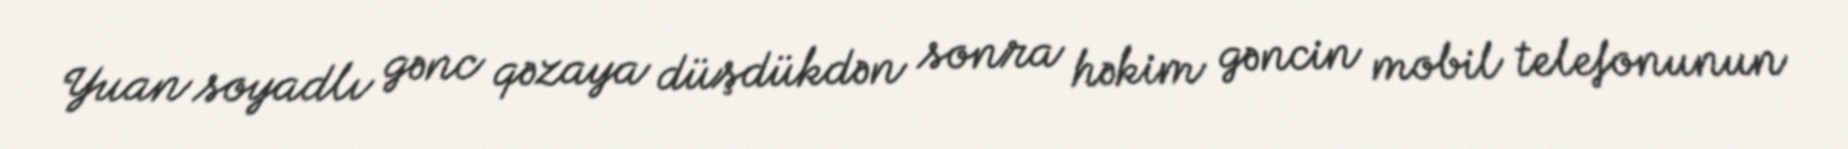
Yuan soyadlı gənc qəzaya düşdükdən sonra həkim gəncin mobil telefonunun